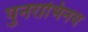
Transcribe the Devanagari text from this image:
पुनराभिनय